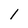
Character: l